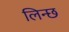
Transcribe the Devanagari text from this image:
लिन्छ